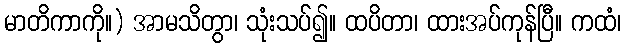
မာတိကာကို။) အာမသိတွာ၊ သုံးသပ်၍။ ထပိတာ၊ ထားအပ်ကုန်ပြီ။ ကထံ၊